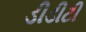
ડીડીટી